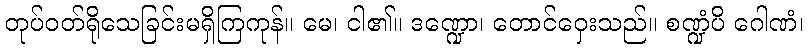
တုပ်ဝတ်ရိုသေခြင်းမရှိကြကုန်။ မေ၊ ငါ၏။ ဒဏ္ဍော၊ တောင်ဝှေးသည်။ စဏ္ဍံပိ ဂေါဏံ၊